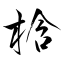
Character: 梒